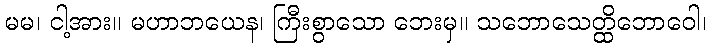
မမ၊ ငါ့အား။ မဟာဘယေန၊ ကြီးစွာသော ဘေးမှ။ သဘောသေတ္ထိဘောဝေါ၊